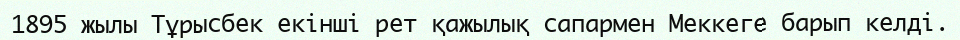
1895 жылы Тұрысбек екінші рет қажылық сапармен Меккеге барып келді.